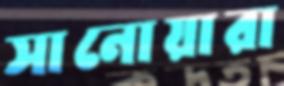
সানোয়ারা